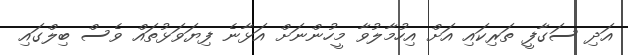
އަދި ސަގާފީ ތަރިކައި އަށް އިހުމާލުވާ މީހުންނަށް އަޅާނެ ފިޔަވަޅުތައް ވެސް ބިލްގައި